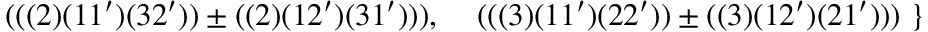
\; \; \; \; \; ( ( ( 2 ) ( 1 1 ^ { \prime } ) ( 3 2 ^ { \prime } ) ) \pm ( ( 2 ) ( 1 2 ^ { \prime } ) ( 3 1 ^ { \prime } ) ) ) , \; \; \; \; ( ( ( 3 ) ( 1 1 ^ { \prime } ) ( 2 2 ^ { \prime } ) ) \pm ( ( 3 ) ( 1 2 ^ { \prime } ) ( 2 1 ^ { \prime } ) ) ) \; \}